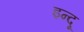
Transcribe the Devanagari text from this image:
इन्‍दू